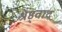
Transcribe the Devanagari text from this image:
श्रेष्ठ्वाद